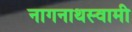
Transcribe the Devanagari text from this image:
नागनाथस्वामी